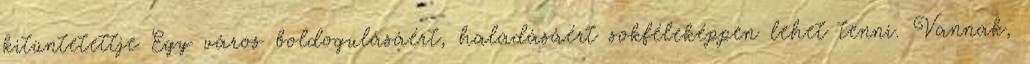
kitüntetettje Egy város boldogulásáért, haladásáért sokféleképpen lehet tenni. Vannak,